Annual administration and progress report of the Indian Medical Department, Bombay
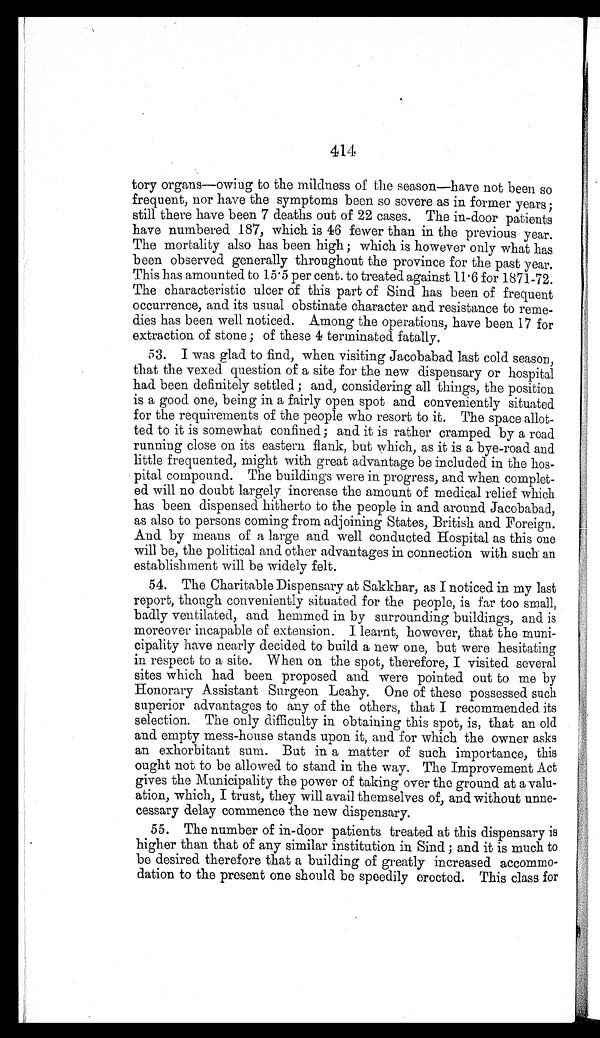
414
tory organs—owing to the mildness of the season—have not been so
frequent, nor have the symptoms been so severe as in former years;
still there have been 7 deaths out of 22 cases. The in-door patients
have numbered 187, which is 46 fewer than in the previous year.
The mortality also has been high; which is however only what has
been observed generally throughout the province for the past year.
This has amounted to 15.5 per cent. to treated against 11.6 for 1871-72.
The characteristic ulcer of this part of Sind has been of frequent
occurrence, and its usual obstinate character and resistance to reme-
dies has been well noticed. Among the operations, have been 17 for
extraction of stone; of these 4 terminated fatally.
53. I was glad to find, when visiting Jacobabad last cold season,
that the vexed question of a site for the new dispensary or hospital
had been definitely settled; and, considering all things, the position
is a good one, being in a fairly open spot and conveniently situated
for the requirements of the people who resort to it. The space allot
- t e d t o i t i s s o m e w h a t c o n f i n e d ; a n d i t i s r a t h e r c r a m p e d b y a r o a d
running close on its eastern flank, but which, as it is a bye-road and
little frequented, might with great advantage be included in the hos
-pital compound. The buildings were in progress, and when complet-
ed will no doubt largely increase the amount of medical relief which
has been dispensed hitherto to the people in and around Jacobabad,
as also to persons coming from adjoining States, British and Foreign.
And by means of a large and well conducted Hospital as this one
will be, the political and other advantages in connection with such an
establishment will be widely felt.
54. The Charitable Dispensary at Sakkhar, as I noticed in my last
report, though conveniently situated for the people, is far too small,
badly ventilated, and hemmed in by surrounding buildings, and is
moreover incapable of extension. I learnt, however, that the muni
- c i p a l i t y h a v e n e a r l y d e c i d e d t o b u i l d a n e w o n e , b u t w e r e h e s i t a t i n g
in respect to a site. When on the spot, therefore, I visited several
sites which had been proposed and were pointed out to me by
Honorary Assistant Surgeon Leahy. One of these possessed such
superior advantages to any of the others, that I recommended its
selection. The only difficulty in obtaining this spot, is, that an old
and empty mess-house stands upon it, and for which the owner asks
an exhorbitant sum. But in a matter of such importance, this
ought not to be allowed to stand in the way. The Improvement Act
gives the Municipality the power of taking over the ground at a valu-
-ation, which, I trust, they will avail themselves of, and without unne-
cessary delay commence the new dispensary.
55. The number of in-door patients treated at this dispensary is
higher than that of any similar institution in Sind; and it is much to
be desired therefore that a building of greatly increased accommo
- d a t i o n t o t h e p r e s e n t o n e s h o u l d b e s p e e d i l y e r e c t e d . T h i s c l a s s f o r